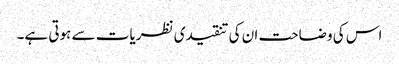
اس کی وضاحت ان کی تنقیدی نظریات سے ہوتی ہے۔